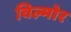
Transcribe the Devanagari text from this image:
विल्मोर